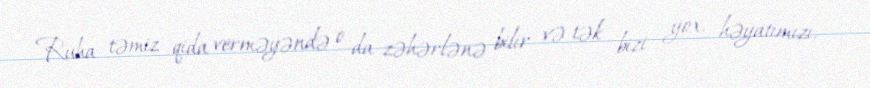
Ruha təmiz qida verməyəndə o da zəhərlənə bilir və tək bizi yox, həyatımızı,